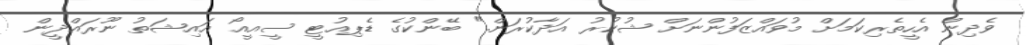
ވެދިން އެހީތެރިކަމަށް މުވައްޒަފުންނަށް ޝުކުރު އަދާކުރަން." ބޭންކުގެ ޑެޕިއުޓީ ސީއީއޯ އައިޝަތު ނޫރައްދީން